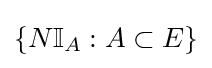
\{N\mathbb {I} _{A}:A\subset E\}